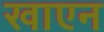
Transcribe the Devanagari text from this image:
खाएन